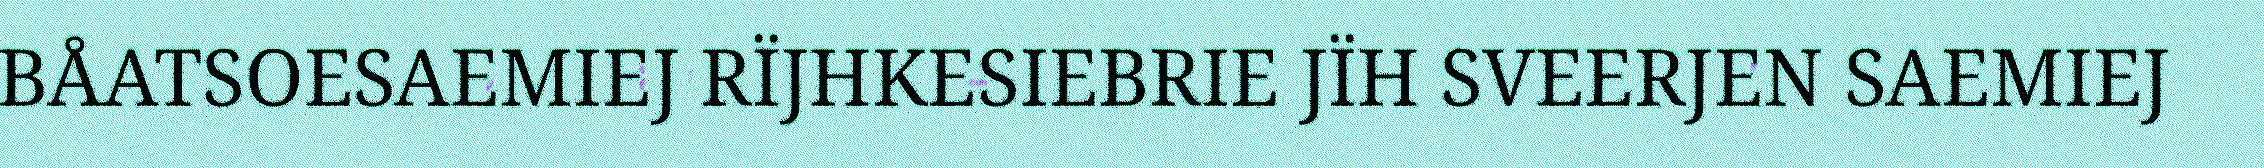
BÅATSOESAEMIEJ RÏJHKESIEBRIE JÏH SVEERJEN SAEMIEJ